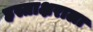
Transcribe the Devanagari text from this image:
हस्ताक्षराला